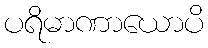
ပရိမာဏာယောပိ